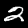
Label: 2